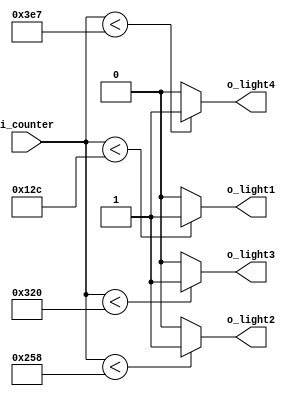
`timescale 1ns / 1ps
//////////////////////////////////////////////////////////////////////////////////
// Company: 
// Engineer: 
// 
// Design Name: 
// Module Name: comparator
// Project Name: 
// Target Devices: 
// Tool Versions: 
// Description: 
// 
// Dependencies: 
// 
// Revision:
// Revision 0.01 - File Created
// Additional Comments:
// 
//////////////////////////////////////////////////////////////////////////////////


module comparator(
    input [9:0] i_counter,
    output o_light1, o_light2, o_light3, o_light4
    );

    assign o_light1 = (i_counter < 300) ? 1'b1 : 1'b0;
    assign o_light2 = (i_counter < 600) ? 1'b1 : 1'b0;
    assign o_light3 = (i_counter < 800) ? 1'b1 : 1'b0;
    assign o_light4 = (i_counter < 999) ? 1'b1 : 1'b0;
endmodule